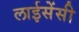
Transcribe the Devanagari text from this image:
लाईसेंसी